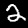
Label: 2